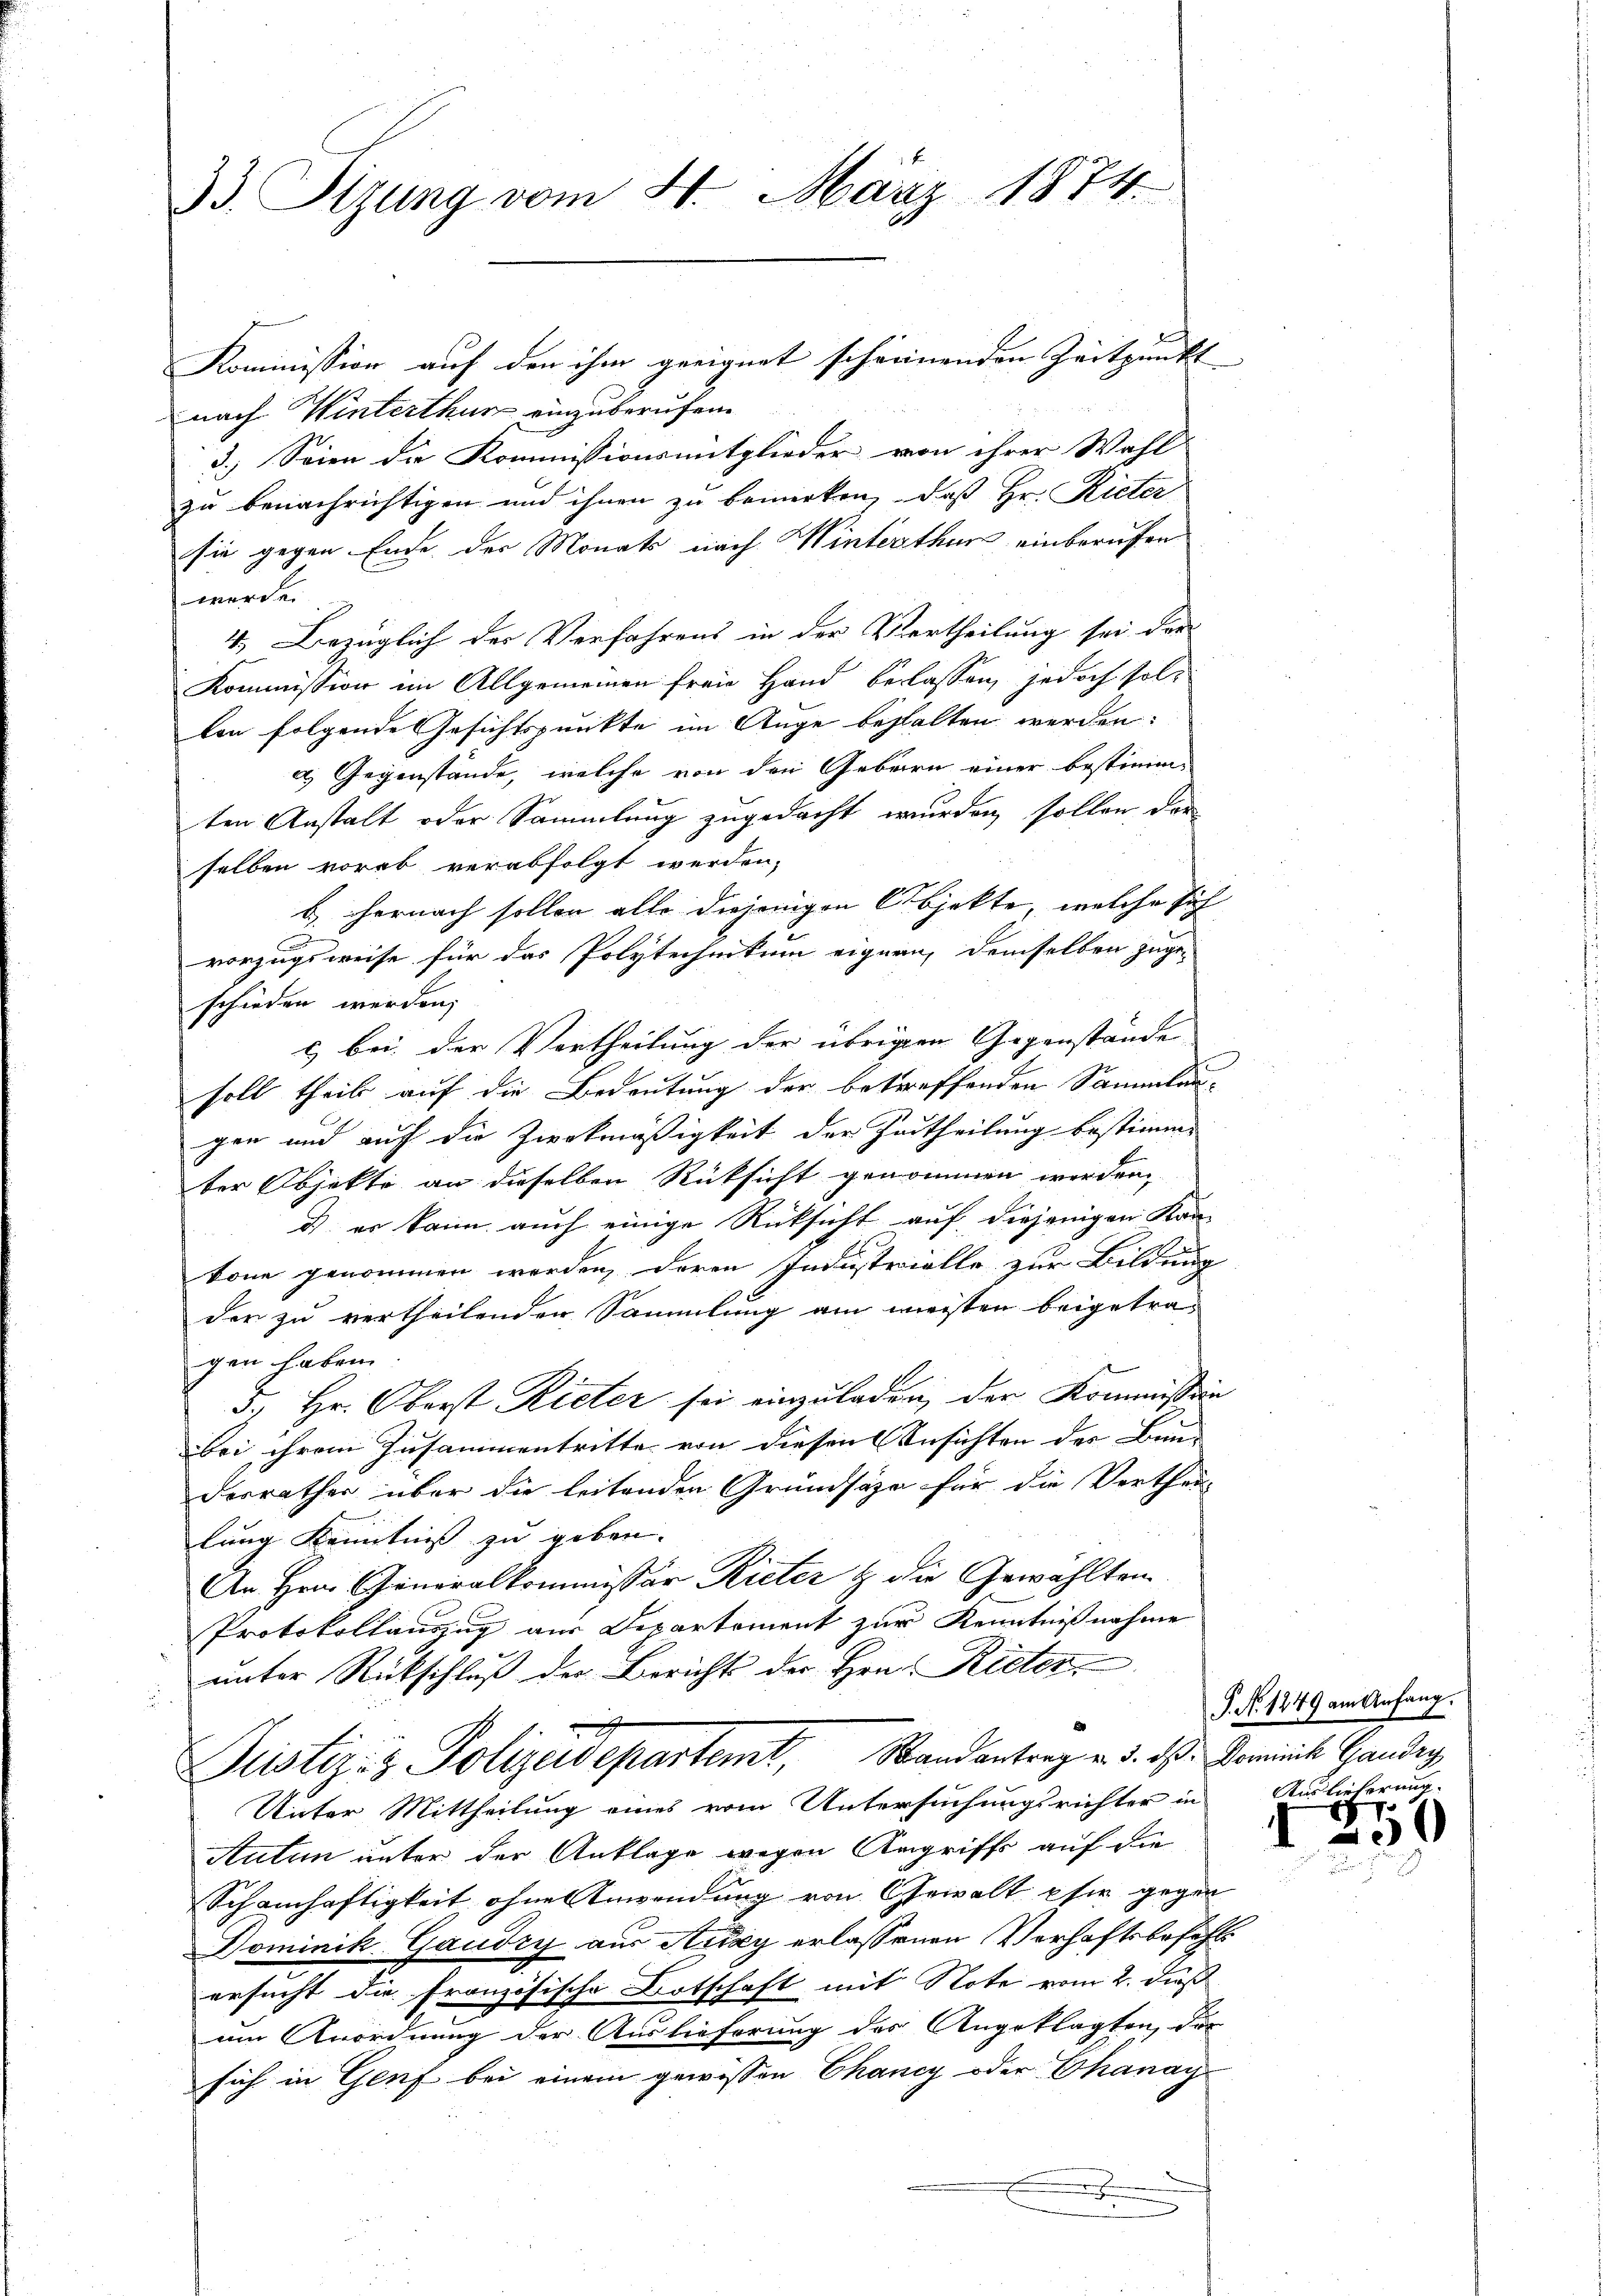
33. Sitzung vom 24. März 1874

Kommission auf den ihm geeignet scheinenden Zeitpunkt |
nach Winterthur einzuberufen.
3.) Seien die Kommissionsmitglieder von ihrer Wahl
zu benachrichtigen und ihnen zu bemerken, daß Hr. Rieter
sie gegen Ende der Monats nach Winterthur einberufen
werde.
4. Bezüglich der Verfahrens in der Vertheilung sei der
Kommission im Allgemeinen freie Hand verlassen, jedoch sollen folgende Gesichtspunkte im Auge behalten werden.
a) Gegenstände, welche von den Gebäre einer bestimm
ten Anstalt oder Sammlung zugedacht wurden sollen der
selben vorab verabfolgt werden,
b. hernach sollen alle diejenigen Objekte, welche sich
A
vorzugsweise für das Polytechnikum eigern, demselben zuge-
schieden werden;
c bei der Vertheilung der übrigen Gegenstände
soll theil auf die Bedeutung der betreffenden Sammlun-
gen und auf die Zweckmäßigkeit der Zutheilung bestimme
ter Objekte an dieselben Rücksicht genommen werden,
d er kann auch einige Rücksicht auf diejenigen Kan-
tone genommen werden, deren Industrielle zur Bildung
der zu vertheilenden Sammlung am meisten beigetragen haben
3.) Hr. Oberst Rieter sei einzuladen, der Kommission
bei ihrem Zusammentritte von diesen Ansichten des Bun-
desrathes über die leitenden Grundsätze für die Verthän-
lung Kenntnis zu geben.
An Hrn. Generalkommissär Rieter & die Gewählten
Protokollauszug aus Departement zur Kenntnißnahme
 unter Rückschluß der Berichts der Hrn. Rieter,
Justiz- & Polizeidepartemt, Randantrag v. d. d. Domine Hander
Unter Mittheilung eines vom Untersuchungsrichter in
Auten unter der Anklage wegen Angriffe auf die
Schamhaftigkeit ohne Anwendung von Gewalt sie gegen
Dominik Gaudry aus Auxy erlassenen Verhaftsbefehl
ersucht die französische Botschaft mit Note vom 2. dieß
um Anordnung der Auslieferung des Angeklagten, dur
sich in Genf bei einem gewissen Chancy oder Chanay
x

P. No. 1249 am Anfang.
Aus Tieferung

c
2

p
0